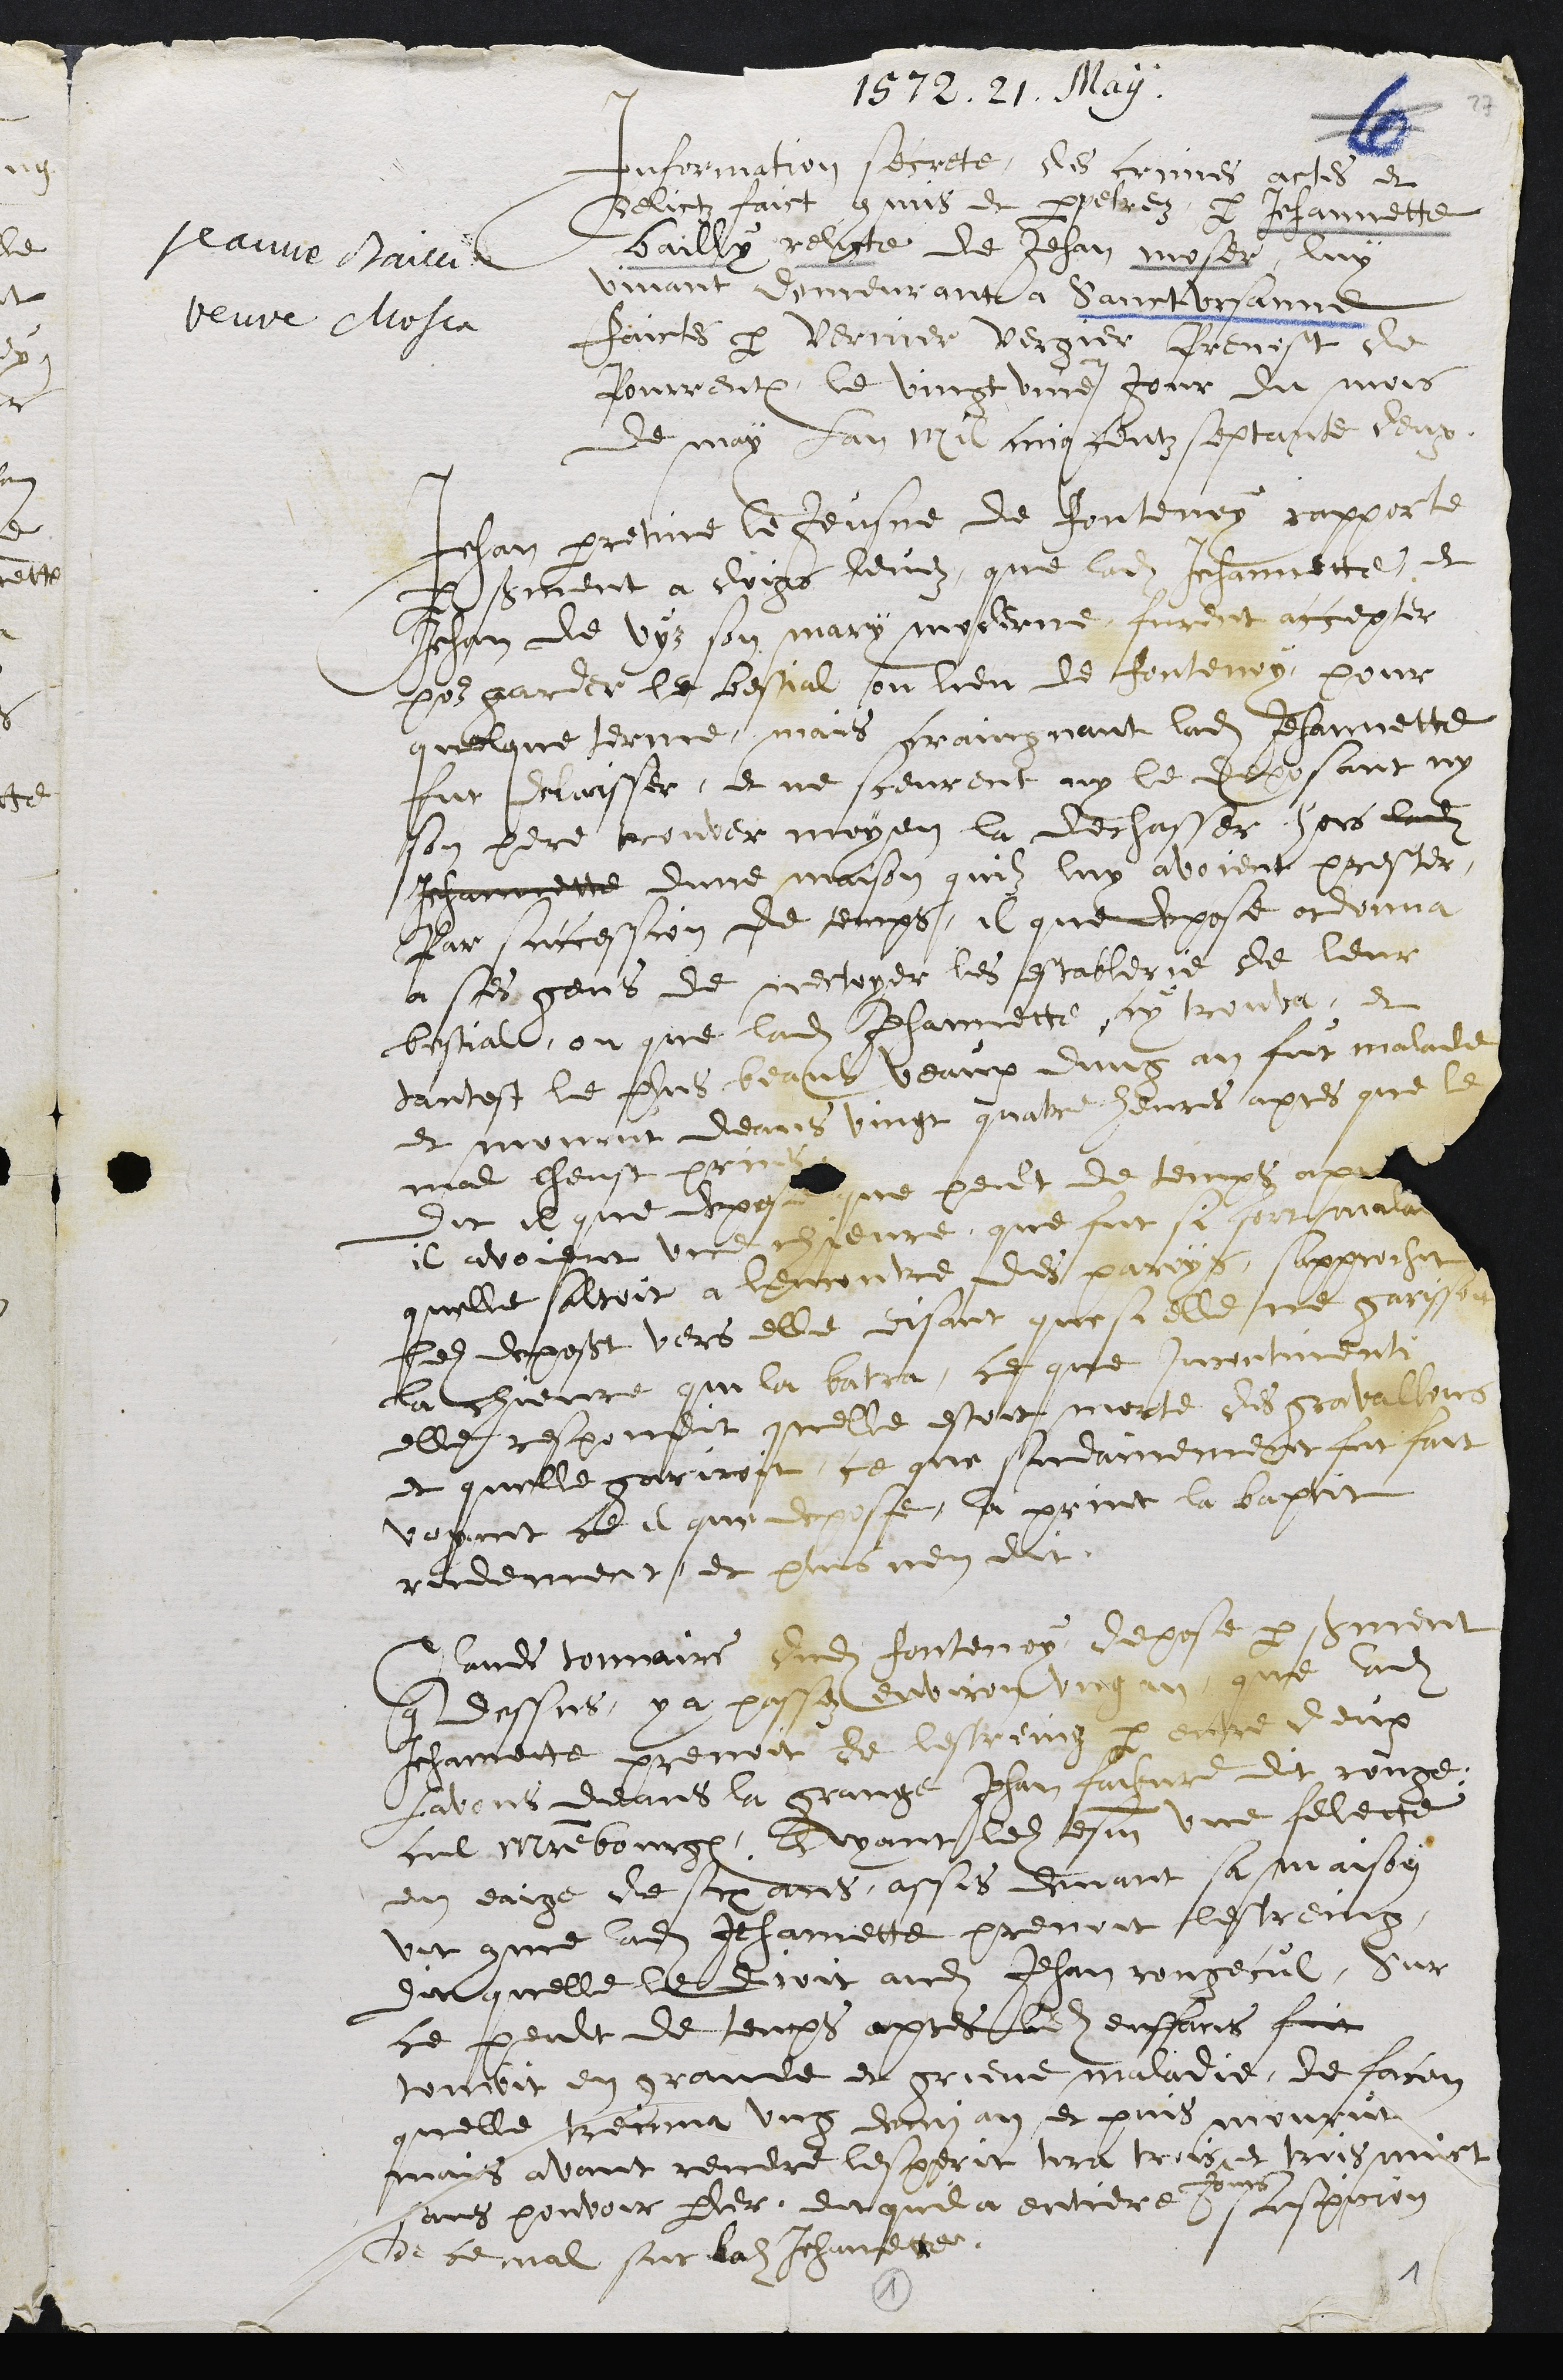
1572. 21. May.
jcauve Pailie
veure Mosie
Information secrete, les commes actes et
delictz faict gmis et pretrez par Jehannette
bailly rehre de Jehan moser, luy
vivant demeur ave à SaurtUrsanne
faictes par Verrier vergier prenost de
Jourrentry le vingt une jour dut mois
de may fai ma cins fenz septante deux.
chan preme le Jeusne de Joutenoy capperte
Somment à dos henuez que ladite Jehannette, de
Jehan de vyz son mary moiene furdit accepter
pour gardee le bestial sou lieu de Jontenoy, pour
quelque terme mais graingnant ladite Jehannette
fut draisser, et ne sceurent ny le deposant ny
son pere trouver moyen la dechasser hers ladit
Jehannette dune maison quil luy avoient presser.
par ncession de temps, il que depose on vnna
à ses gens de meceper les establerie de leur
bestiall, ou que ladite Jehannette ny trouve, et
dantest le fehus benus veaux dung an fut malade
et mourut deans vingt quatre heures apres que le
mal hheust prrie
Dit ie que depose, ne pent de temps apr
il avoient une chievre que fut sa sortimatre
quelle saltoit a lencontre des parys, sapprochet
ledit deposet vers elle disant que si elle ne garison
la cherre qui la batra, ce que tuconment
elle respondit quelle estoit morte des grovallons
et quelle goriroit ce que sudanement fut fait
voyant le il quy depise, la prine la baptit
rendement et pluus nen dit.
Sande tommaire dudit fonteney depose par hmment
que dessus, ya passe enviroit unggan que ldit
Jchanette prrenoit de lestreinz par dutre deux
lavous deans la grange Jehan faiue dit rouge,
cut miebourge, quvyant lest esm une felecte
en eaige de si aces assis duvant sa maison
vit comme ladite Jehannette prenoit lestremz
dit quelle le dioit audit Jehan congecul, Sur
ce peult de temps apres  enffans foit
touvvit en grande et grieve maladie de foron
quelle treca ung den an et puis mourut
bount
sans pouvoir peer, ditquel a entiere uusppoicn
de ce nal sur ladite Jehanette.